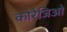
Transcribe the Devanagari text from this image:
कोरेजिओ